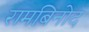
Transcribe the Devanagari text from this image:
रामबिनोद